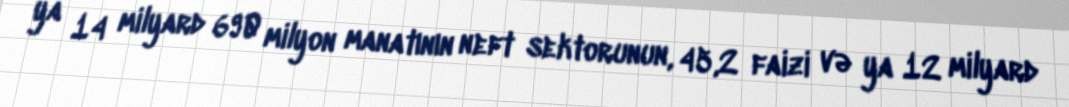
ya 14 milyard 690 milyon manatının neft sektorunun, 45,2 faizi və ya 12 milyard